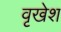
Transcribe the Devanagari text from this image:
वृखेश